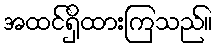
အထင်ရှိထားကြသည်။